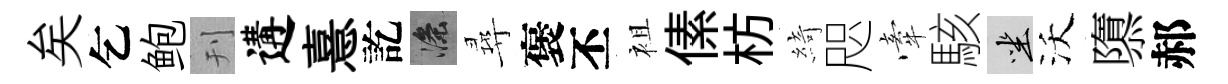
矣乞鲍刊遘憙訖滌尋褒丕袓傃枋綺咫牽駭坐沃隳郝